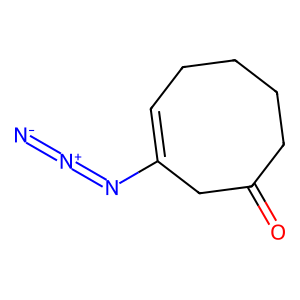
SMILES: [N-]=[N+]=NC1=CCCCCC(=O)C1
Inhibits HIV replication: No